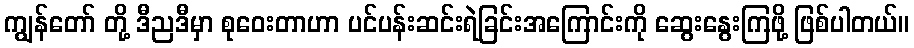
ကျွန်တော် တို့ ဒီညဒီမှာ စုဝေးတာဟာ ပင်ပန်းဆင်းရဲခြင်းအကြောင်းကို ဆွေးနွေးကြဖို့ ဖြစ်ပါတယ်။